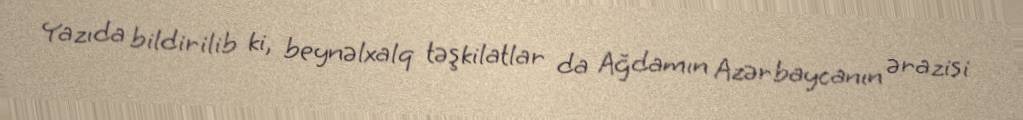
Yazıda bildirilib ki, beynəlxalq təşkilatlar da Ağdamın Azərbaycanın ərazisi